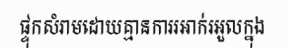
ផ្ទុកសំរាមដោយគ្មានការរអាក់រអួលក្នុង